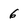
Character: 6